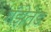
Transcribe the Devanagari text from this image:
गँझेतेड